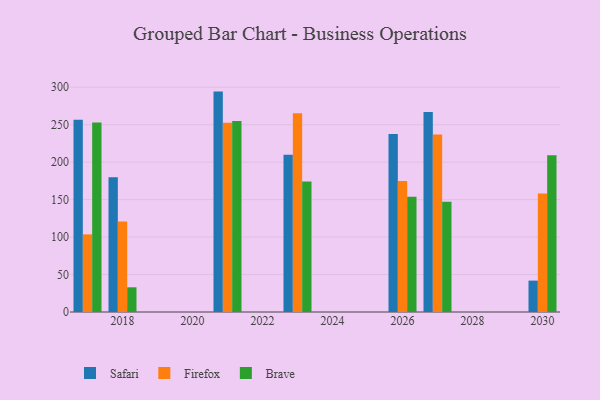
{"axis": {"x": "Year", "y": "Website Visitors"}, "legend": ["Brave", "Firefox", "Safari"], "data": [{"x": "2030", "y": 41.9, "type": "Safari"}, {"x": "2030", "y": 158.2, "type": "Firefox"}, {"x": "2030", "y": 209.1, "type": "Brave"}, {"x": "2017", "y": 256.6, "type": "Safari"}, {"x": "2017", "y": 103.6, "type": "Firefox"}, {"x": "2017", "y": 253.0, "type": "Brave"}, {"x": "2027", "y": 266.9, "type": "Safari"}, {"x": "2027", "y": 237.0, "type": "Firefox"}, {"x": "2027", "y": 147.2, "type": "Brave"}, {"x": "2021", "y": 294.2, "type": "Safari"}, {"x": "2021", "y": 252.7, "type": "Firefox"}, {"x": "2021", "y": 255.0, "type": "Brave"}, {"x": "2023", "y": 209.8, "type": "Safari"}, {"x": "2023", "y": 265.2, "type": "Firefox"}, {"x": "2023", "y": 174.1, "type": "Brave"}, {"x": "2018", "y": 180.0, "type": "Safari"}, {"x": "2018", "y": 120.7, "type": "Firefox"}, {"x": "2018", "y": 33.0, "type": "Brave"}, {"x": "2026", "y": 237.6, "type": "Safari"}, {"x": "2026", "y": 174.9, "type": "Firefox"}, {"x": "2026", "y": 153.9, "type": "Brave"}]}